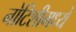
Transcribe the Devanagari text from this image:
नोटिशीमध्ये